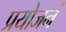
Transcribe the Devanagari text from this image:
प्रयोजनं